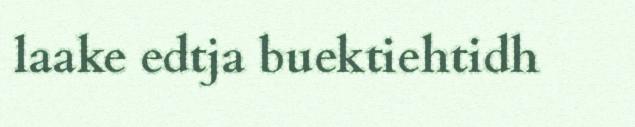
laake edtja buektiehtidh